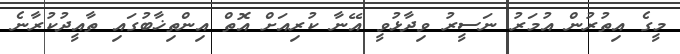
މީގެ އިތުރުން އުމަރު ނަސީރު ވިދާޅުވީ އޭނާ ކުރިއަށް އޮތް އިންތިޚާބުގައި ތާއީދުކުރާނެ